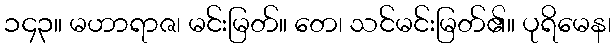
၁၄၃။ မဟာရာဇ၊ မင်းမြတ်။ တေ၊ သင်မင်းမြတ်၏။ ပုရိမေန၊